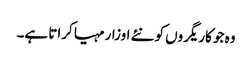
وہ جو کاریگروں کو نئے اوزار مہیا کراتا ہے۔